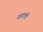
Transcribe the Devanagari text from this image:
रहाटणी